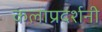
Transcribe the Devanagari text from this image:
कलाप्रदर्शनी